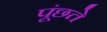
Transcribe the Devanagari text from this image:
पूंछते